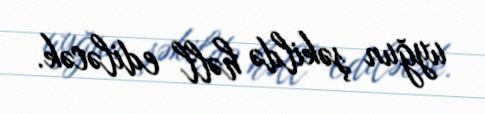
uyğun şəkildə həll ediləcək.